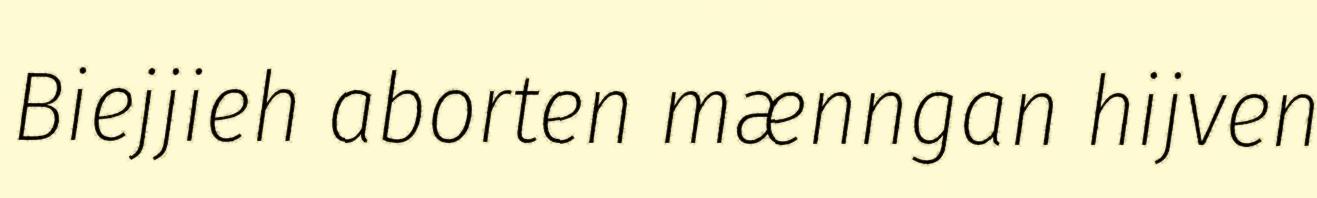
Biejjieh aborten mænngan hijven